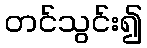
တင်သွင်း၍